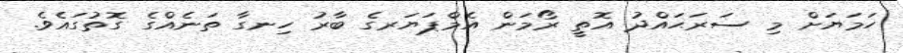
ހަމަޔަށް މި ސަރަޙައްދު އޮތީ ރޯމަން އެމްޕަޔަރގެ ބާރު ހިނގާ ތަނެއްގެ ގޮތުގައެވެ.